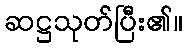
ဆဋ္ဌသုတ်ပြီး၏။